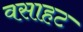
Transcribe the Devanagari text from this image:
वसाहट